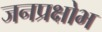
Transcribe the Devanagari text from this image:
जनप्रक्षोभ